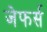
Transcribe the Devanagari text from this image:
जेफर्स